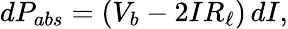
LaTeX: \mathop{dP_{abs}}=(V_{b}-2IR_{\ell})\mathop{dI},